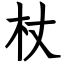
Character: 杖